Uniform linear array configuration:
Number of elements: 12
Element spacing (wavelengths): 0.25
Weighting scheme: blackman
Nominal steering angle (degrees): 60
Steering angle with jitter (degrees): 59.287
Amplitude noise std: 0.05
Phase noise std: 0.05

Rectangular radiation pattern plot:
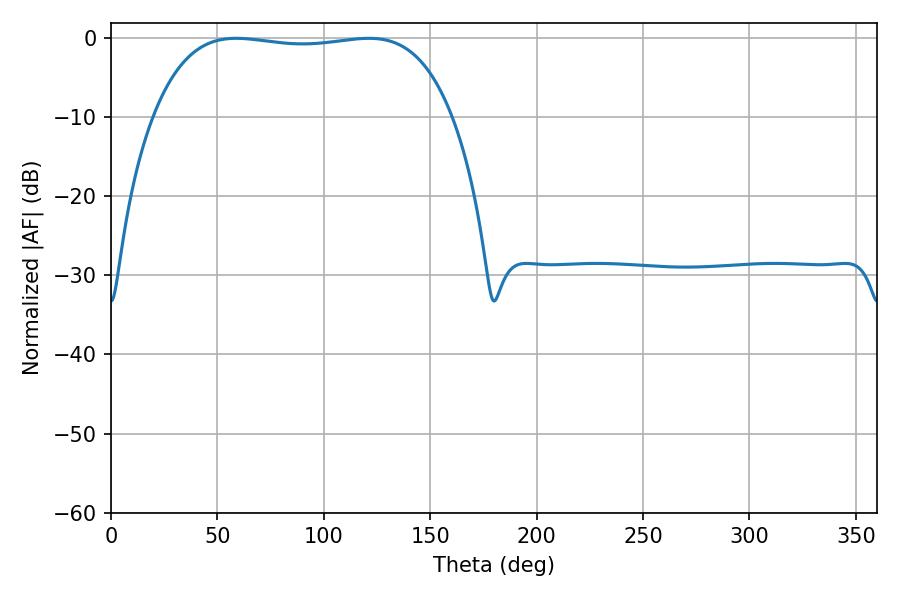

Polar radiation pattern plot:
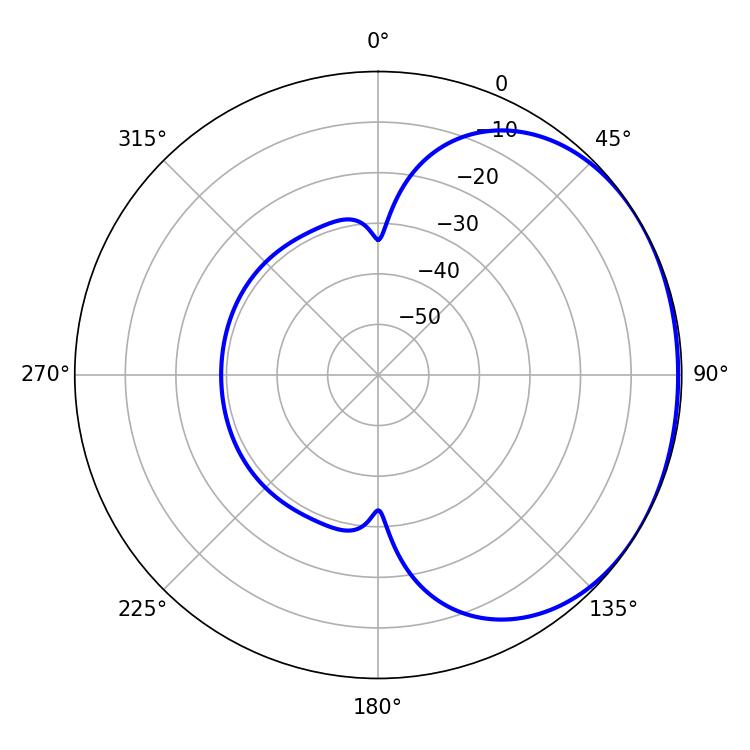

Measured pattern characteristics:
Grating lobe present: FALSE
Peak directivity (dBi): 1.123
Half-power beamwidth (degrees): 111.6
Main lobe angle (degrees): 58.86